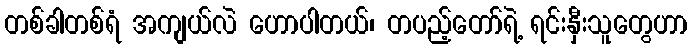
တစ်ခါတစ်ရံ အကျယ်လဲ ဟောပါတယ်၊ တပည့်တော်ရဲ့ ရင်းနှီးသူတွေဟာ